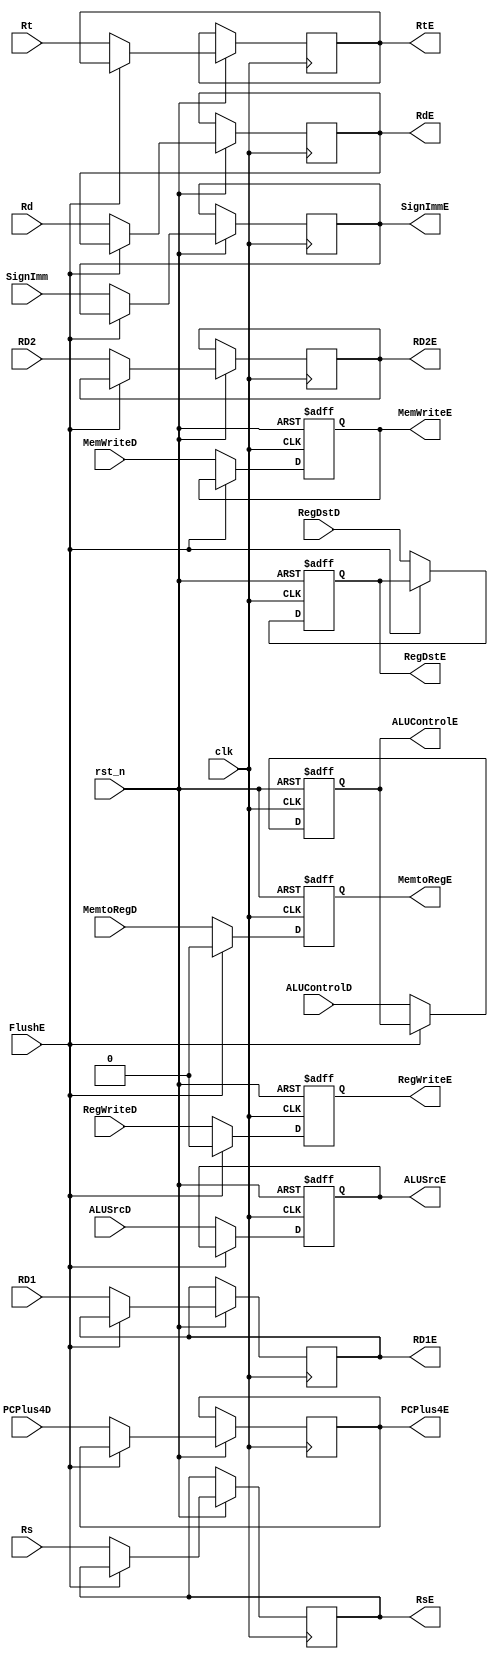
/*

	File name    : ID_EX_Register
	LastEditors  : H
	LastEditTime : 2021-11-03 21:05:45
	Last Version : 1.0
	Description  : Pipeline Stage Register : ID/EX
	
	----------------------------------------------------------------------------------------
	
	Author       : H
	Date         : 2021-11-03 21:05:43
	FilePath     : \MIPS_Pipeline\ID_EX_Register.v
	Copyright 2021 H, All Rights Reserved. 

*/
module ID_EX_Register(
    // System Clock
    input        clk,               // clock
    input        rst_n,             // reset

    // User Interface
    input       [31:0]  RD1,        // input is 32 bits
    input       [31:0]  RD2,        // input is 32 bits
    input       [4:0]   Rt,         // input is 5 bits
    input       [4:0]   Rs,         // input is 5 bits
    input       [4:0]   Rd,         // input is 5 bits
    input       [31:0]  SignImm,    // input is 32 bits
    input       [31:0]  PCPlus4D,   // input is 32 bits

    output  reg [31:0]  RD1E,       // output is 32 bits
    output  reg [31:0]  RD2E,       // output is 32 bits
    output  reg [4:0]   RtE,        // output is 5 bits
    output  reg [4:0]   RsE,        // output is 5 bits
    output  reg [4:0]   RdE,        // output is 5 bits
    output  reg [31:0]  SignImmE,   // output is 32 bits
    output  reg [31:0]  PCPlus4E,   // output is 32 bits

    // Control Unit Input
    input               RegWriteD,
    input               MemtoRegD,
    input               MemWriteD,
    input               RegDstD,
    input               ALUSrcD,

    input               FlushE,
    input       [2:0]   ALUControlD,    // input is 3 bits

    // WB 
    output  reg         RegWriteE,
    output  reg         MemtoRegE,

    // MEM
    output  reg         MemWriteE,

    // EX
    output  reg         RegDstE,
    output  reg         ALUSrcE,
    output  reg [2:0]   ALUControlE     // output is 3 bits
);
/*******************************************************************************
 *                                 Main Code
*******************************************************************************/

    //seperating the decode and execute stages
    always @(posedge clk or negedge rst_n ) begin
        if(!rst_n)begin
            RegWriteE   <=  1'b0;
            MemtoRegE   <=  1'b0;
            MemWriteE   <=  1'b0;
            RegDstE     <=  1'b0;
            ALUSrcE     <=  1'b0;
            ALUControlE <= 3'b000;
        end
        else if (FlushE) begin
            RegWriteE   <=  1'b0;
            MemtoRegE   <=  1'b0;
        end
        else begin
            // total 128bits
            RD1E        <= RD1;//combining two to be outputted together
            RD2E        <= RD2;//combining two to be outputted together
            RtE         <= Rt;//combining two to be outputted together
            RsE         <= Rs;//combining two to be outputted together
            RdE         <= Rd;//combining two to be outputted together
            SignImmE    <= SignImm;//combining two to be outputted together
            PCPlus4E    <= PCPlus4D;//combining two to be outputted together

            // Control Unit Signal
            RegWriteE   <=  RegWriteD;//combining two to be outputted together
            MemtoRegE   <=  MemtoRegD;//combining two to be outputted together
            MemWriteE   <=  MemWriteD;//combining two to be outputted together
            RegDstE     <=  RegDstD;//combining two to be outputted together
            ALUSrcE     <=  ALUSrcD;//combining two to be outputted together
            ALUControlE <=  ALUControlD;//combining two to be outputted together
        end
    end

endmodule